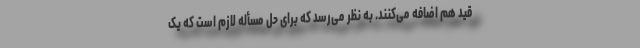
قید هم اضافه می‌کنند. به نظر می‌رسد که برای حل مسأله لازم است که یک